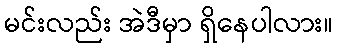
မင်းလည်း အဲဒီမှာ ရှိနေပါလား။